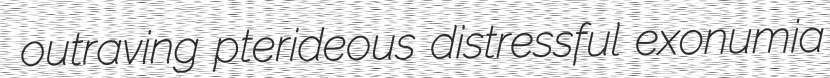
outraving pterideous distressful exonumia